Annual report on the working of the lock hospitals in the Central Provinces
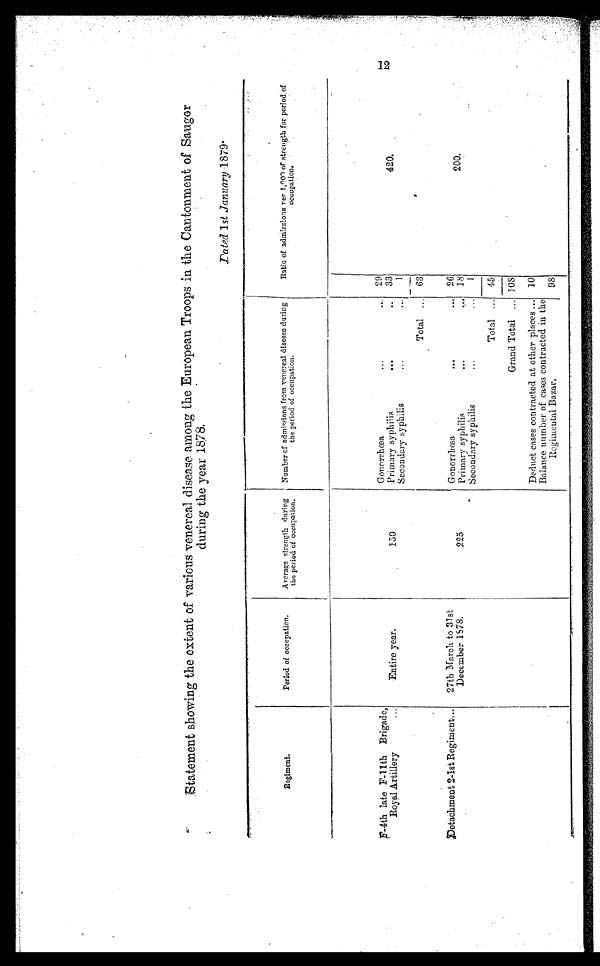
Statement showing the extent of various venereal disease among the European Troops in the Cantonment of Saugor
during the year 1878.
R e g i m e n t
.
Period of occupation.
Average strength during
the period of occupation.
Number of admissions from venereal discase during
the period of occupation.
Ratio of admissions per. 1,000 of strength for period of
occupation.
F-4th late F-11th Brigade,
Royal Artillery
...
Gonorrhœa ...
...
29
Entire year.
150
Primary syphiis
...
..
33
420.
Secondary syphilis
. . .
1
Total ...
63
Detachment 241st Regiment...
27th March to 31s
t December 1878.
Gonorrhœa
...
26
2 2 5
200.
Primary syphilis
...
... 1 8
Secondary syphilis
...
...
1
Total ...
45
Grand Total ... 108
Deduct cases contracted at other places ...
10
Balance number of cases contracted in the
Regimental Bazar. 98
12